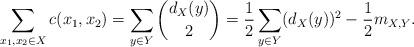
LaTeX: \begin{align*}\sum_{x_1,x_2\in X}c(x_1,x_2) = \sum_{y\in Y}\binom{d_{X}(y)}{2} = \frac{1}{2} \sum_{y\in Y} (d_X(y))^2-\frac{1}{2}m_{X,Y}.\end{align*}